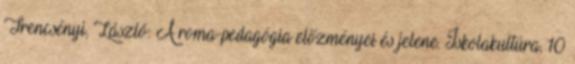
Trencsényi, László: A roma-pedagógia előzményei és jelene. Iskolakultúra, 10